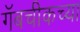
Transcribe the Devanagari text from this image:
गॅबचीकच्या